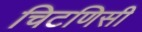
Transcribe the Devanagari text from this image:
चिटणिसी